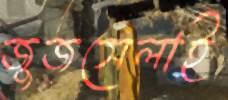
জুজসেলাই